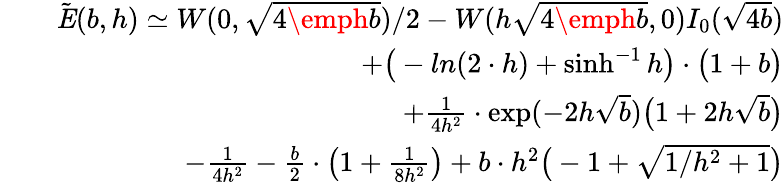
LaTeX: \begin{array}{rlr}&{}&{\tilde{\textbf{\emph{E}}}(b,h)\simeq W(0,\sqrt{4\emph{b}})/2-W(h\sqrt{4\emph{b}},0)I_{0}(\sqrt{4b})}\\ &{}&{+\big(-ln(2\cdot h)+\sinh^{-1}{h}\big)\cdot\big(1+b\big)}\\ &{}&{+{\frac{1}{4h^{2}}}\cdot\exp(-2h\sqrt{b})\big(1+2h\sqrt{b}\big)}\\ &{}&{-{\frac{1}{4h^{2}}}-{\frac{b}{2}}\cdot\big(1+{\frac{1}{8h^{2}}}\big)+b\cdot h^{2}\big(-1+\sqrt{1/h^{2}+1}\big)}\end{array}